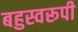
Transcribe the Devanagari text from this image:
बहुस्वरूपी